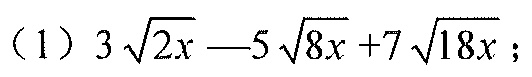
（1）\(3\sqrt{2x} - 5\sqrt{8x}+7\sqrt{18x}\)；